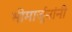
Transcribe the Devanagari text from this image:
भीमार्जुनांनी